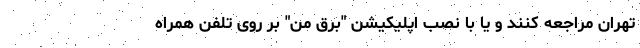
تهران مراجعه کنند و یا با نصب اپلیکیشن "برق من" بر روی تلفن همراه